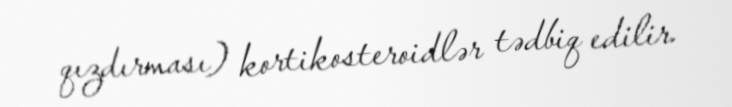
qızdırması) kortikosteroidlər tədbiq edilir.